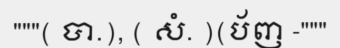
"""( បា.), ( សំ. )(ប័ញ -"""